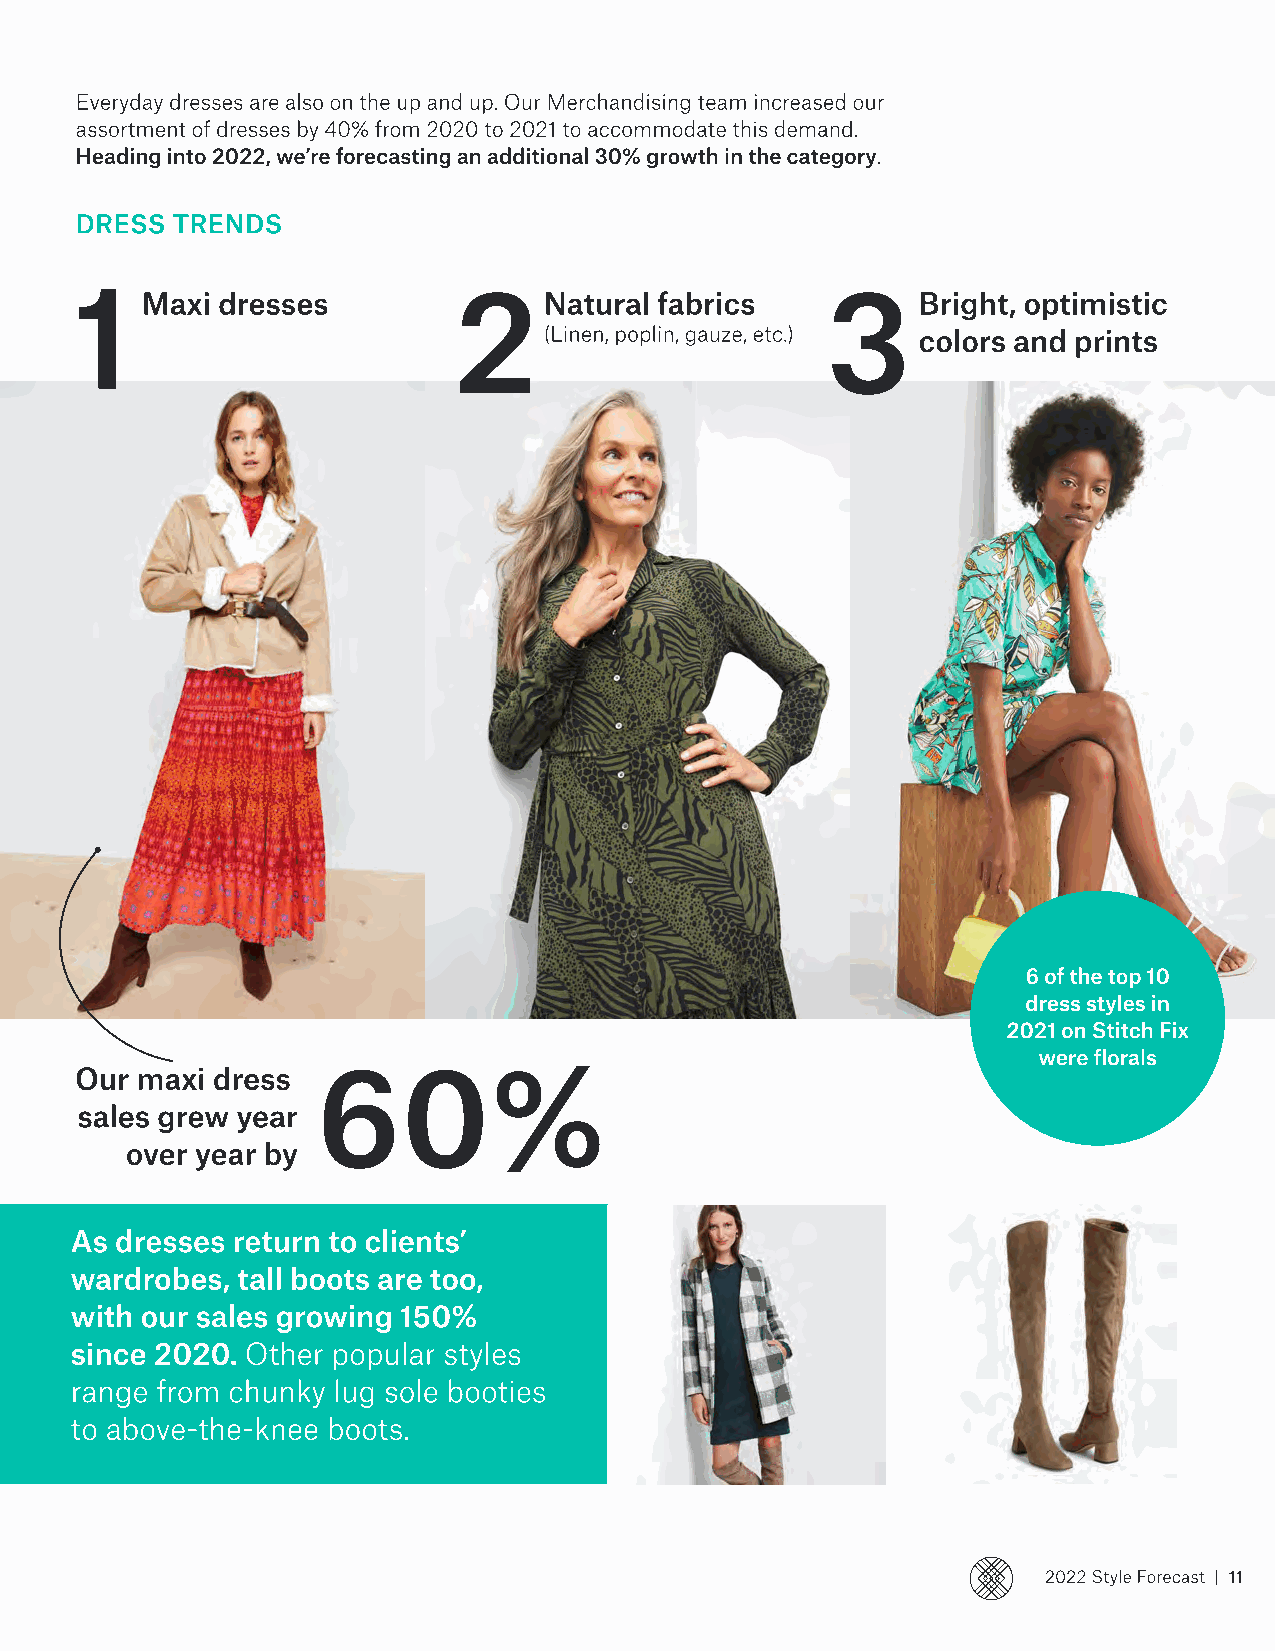
Everyday dresses are also on the up and up. Our Merchandising team increased our
 assortment of dresses by 40% from 2020 to 2021 to accommodate this demand.
 Heading into 2022, we’re forecasting an additional 30% growth in the category.
 DRESS TRENDS
 1                        2                        3
 Maxi dresses               Natural fabrics          Bright, optimistic
 (Linen, poplin, gauze, etc.) colors and prints
 6 of the top 10 
 dress styles in 
 2021 on Stitch Fix 
 60%
 were florals
 Our maxi dress
 sales grew year
 over year by
 As dresses return to clients’
 wardrobes, tall boots are too,
 with our sales growing 150%
 since 2020. Other popular styles
 range from chunky lug sole booties
 to above-the-knee boots.
 2022 Style Forecast | 11